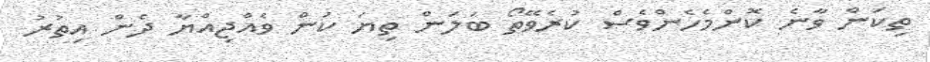
ތިކަން ވާނެ ކޮންމެހެންވެސް ކުރެވޭތޯ ބަލަން ތިޔަ ކަން ވެއްޖިއްޔާ ދެން އިތުރު